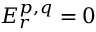
E _ { r } ^ { p , q } = 0